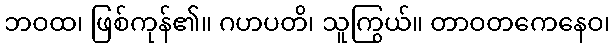
ဘဝထ၊ ဖြစ်ကုန်၏။ ဂဟပတိ၊ သူကြွယ်။ တာဝတကေနေဝ၊